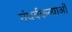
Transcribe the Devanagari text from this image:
गंधर्वकन्याओं